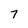
Character: 7